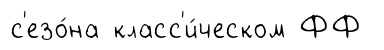
с'езо́на класс'и́ческом ФФ